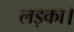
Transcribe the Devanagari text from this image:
लड़का।